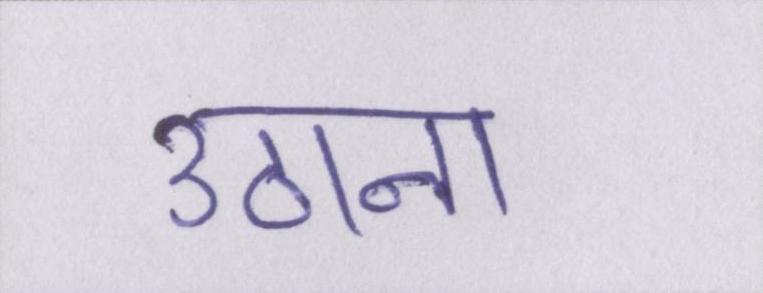
उठाना